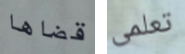
قضاها تعلمى